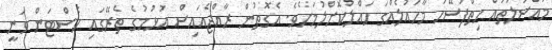
މައްސަލަތައް ހިތްފަސޭހަ މާހައުލެއްގަ ހައްލުކޮށްލުމަށެވެ. އެގޮތުން ރާއްޖެއައިސް އުޅުމުގެ ތެރޭގައި ހެސްޓަން ވަނީ